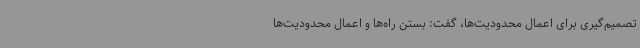
تصمیم‌گیری برای اعمال محدودیت‌ها، گفت: بستن راه‌ها و اعمال محدودیت‌ها